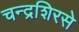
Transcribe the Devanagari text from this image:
चन्द्रशिरसे